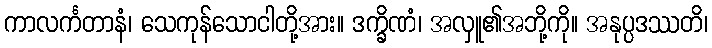
ကာလင်္ကတာနံ၊ သေကုန်သောငါတို့အား။ ဒက္ခိဏံ၊ အလှူ၏အဘို့ကို။ အနုပ္ပဒဿတိ၊